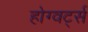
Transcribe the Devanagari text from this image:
होग्वर्ट्स